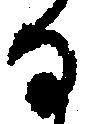
ひ